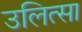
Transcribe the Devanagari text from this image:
उलित्सा